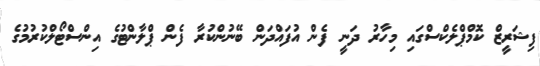
ފިޝަރީޒް ކޮމްޕްލެކްސްގައި މިހާރު ދަނީ ފެން އުފައްދަން ބޭނުންކުރާ ފެން ޕްލާންޓުގެ އިންސްޓޯލްކުރުމުގެ